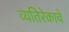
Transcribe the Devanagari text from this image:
व्यतिरेकाचे